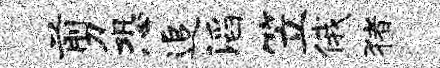
剪恐追滔笠俄猪